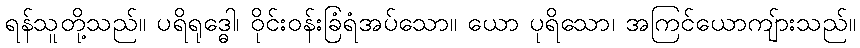
ရန်သူတို့သည်။ ပရိရုဒ္ဓေါ၊ ဝိုင်းဝန်းခြံရံအပ်သော။ ယော ပုရိသော၊ အကြင်ယောကျ်ားသည်။